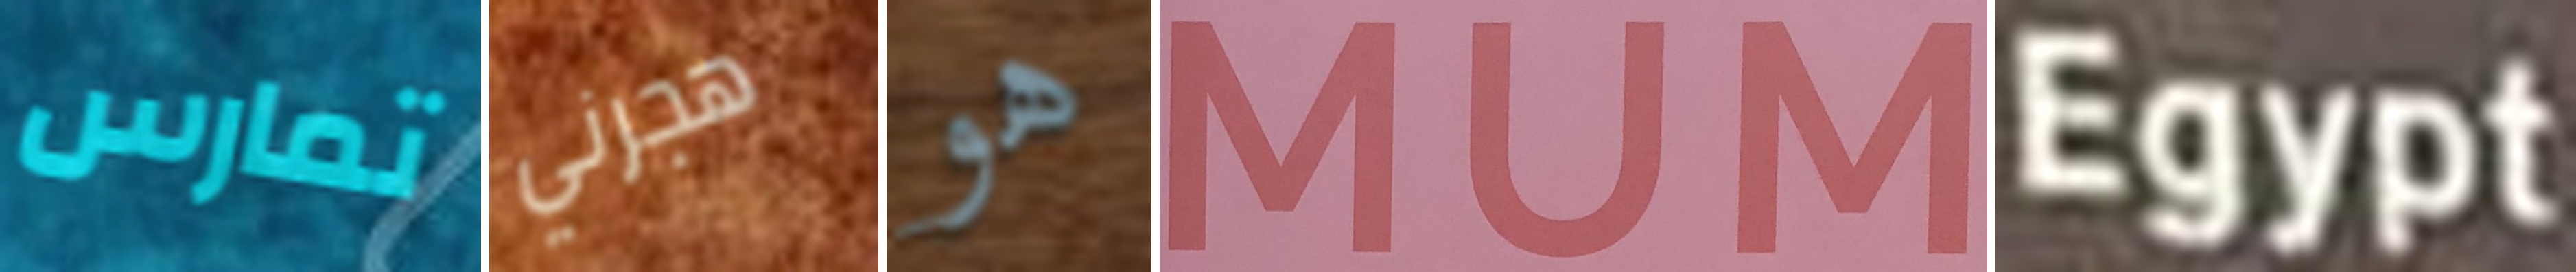
تمارس هجرني هو MUM Egypt